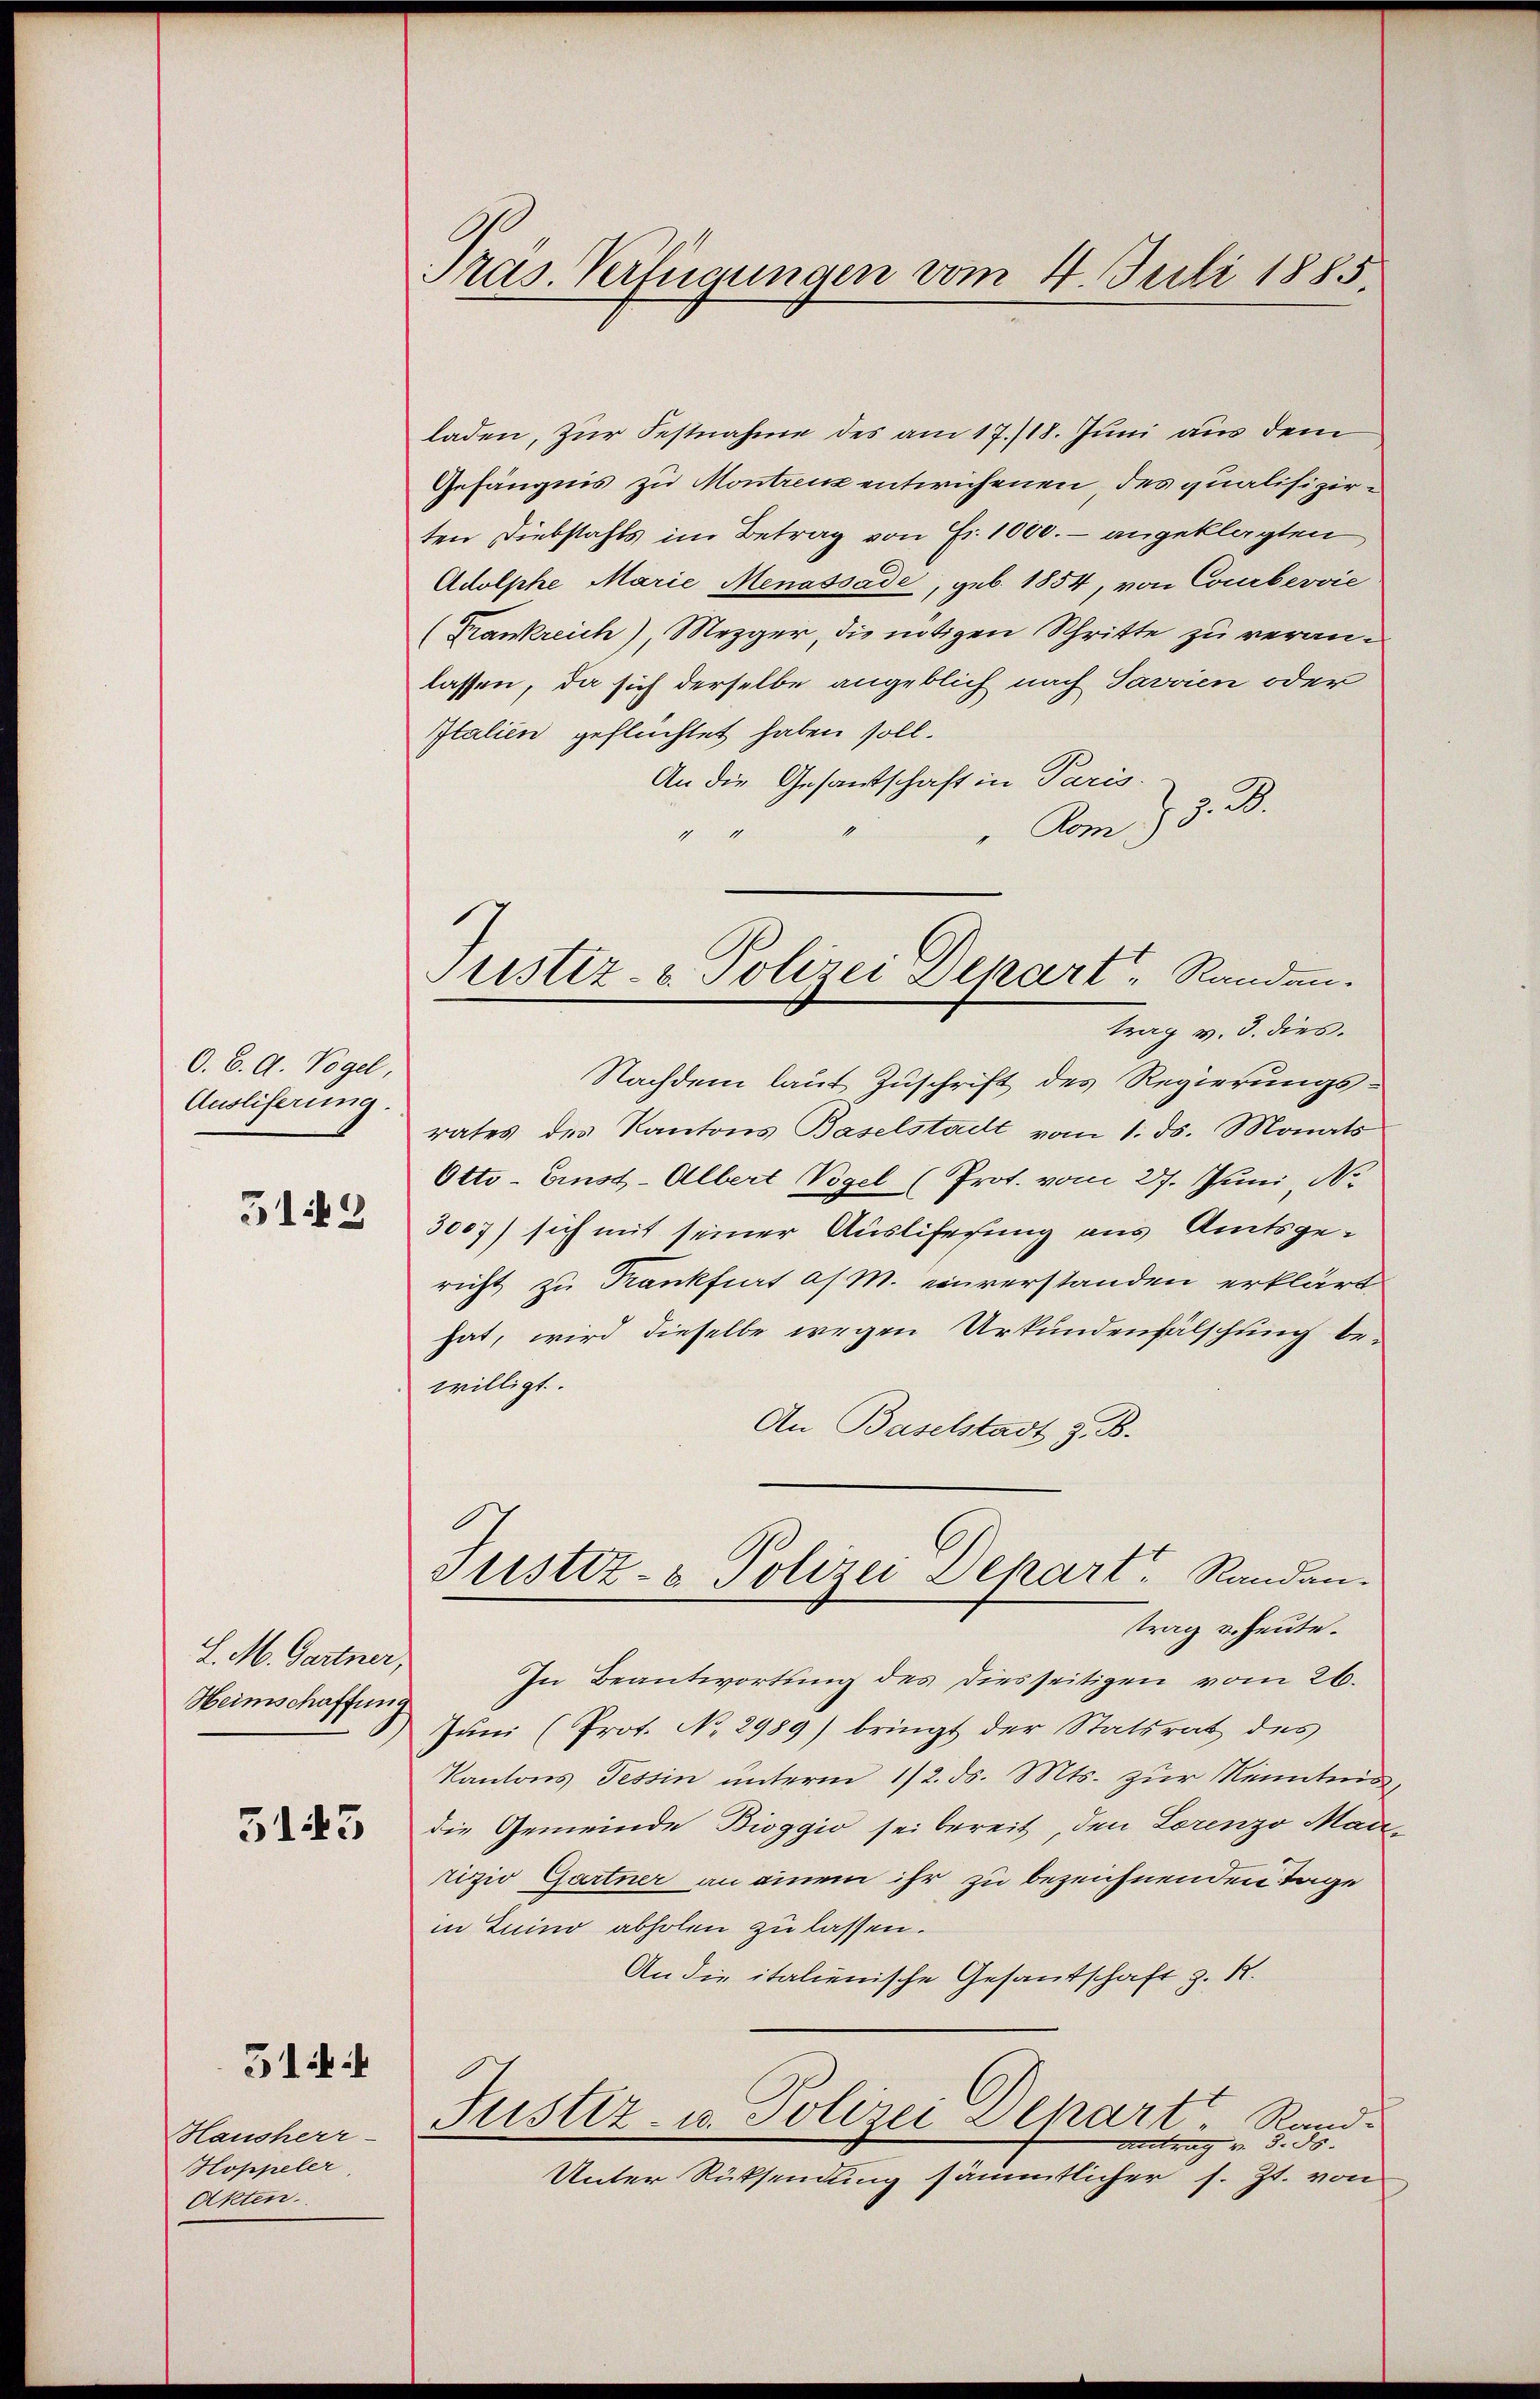
O. B. A. Vogel,
Ausliferung.
5142

L. M. Gartner,
Heimschaffung

5143

Hausherr-
Hoppeler
Akten.

514

Pras. Verfügungen vom 4. Juli 1885.

laden, zur Festnahme des am 17./18. Juni aus dem
Gefängnis zu Montrenz entwichenen des qualifizirten Diebstahls im Betrag von Fr. 1000.- angeklagten,
Adolphe Marie Menassade, geb. 1854, von Courbervie
(Frankreich), Mezger, die nötigen Schritte zu veranlassen, da sich derselbe angeblich nach Javvien oder
Italien geflüchtet haben soll.
An die Gesandschaft in Paris.
Vom 23. 3.
91
trag v. 3. dies.
Nachdem laut Zuschrift des Regierungs-
rates des Kantons Baselstadt vom 1. ds. Monats
Otto-Ernst-Albert Vogel (Prot. vom 27. Juni, N
3007) sich mit seiner Auslifesung aus Amtsgericht zu Krankfurt a/ M. einverstanden erklärt
hat, wird dieselbe wegen Urkundenfälschung be-
willigt.
An Baselstadt z. B.
Justiz- & Polizei Depart. Randantrag u. heute.
In Beantwortung des diesseitigen vom 26.
Jŭni (Prot. No. 2989) bringt der Statsrat des
Kantons Tessin unterm 1/2. ds. Mts. zur Kenntnis
die Gemeinde Bioggio sei bereit, den Lorenzo Manrizio Gartner an einem ihr zu bezeichnenden Tage
in Luino abholen zu lassen.
An die italienische Gesandschaft z. R.
Justiz u. Polizei Depart, Rand¬
Antrag v. 5. ds. |
Unter Rücksendung sämmtlicher s. Zt. von

Justiz- u. Polizei Depart, Randau.